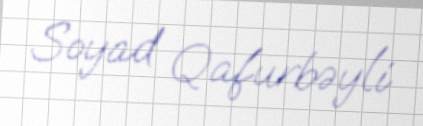
Soyad Qafurbəyli